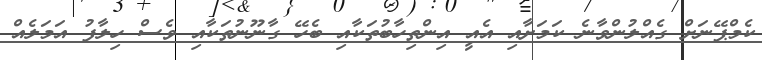
ކެމްޕޭނަށް ގެއްލުންވާނެ ކަމަށާއި އެއީ އިންތިހާބުތަކާއި ބެހޭ ގާނޫނުތަކާއި ވެސް ހިލާފު އަމަލެއް